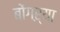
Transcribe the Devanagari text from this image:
बोंगऱ्या